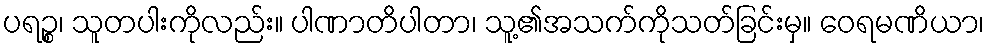
ပရဉ္စ၊ သူတပါးကိုလည်း။ ပါဏာတိပါတာ၊ သူ့၏အသက်ကိုသတ်ခြင်းမှ။ ဝေရမဏိယာ၊